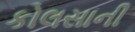
કોલસાની